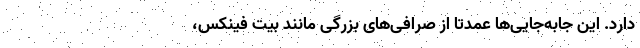
دارد. این جابه‌جایی‌ها عمدتاً از صرافی‌های بزرگی مانند بیت فینکس،